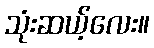
သုံးဆယ့်လေး။